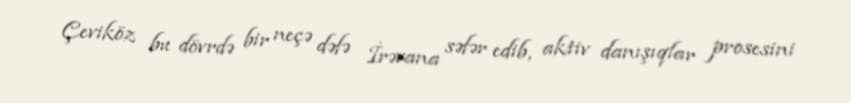
Çeviköz bu dövrdə bir neçə dəfə İrəvana səfər edib, aktiv danışıqlar prosesini